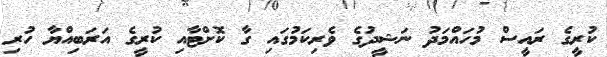
ކުރީގެ ރައީސް މުހައްމަދު ނަޝީދުގެ ވެރިކަމުގައި ގާ ކޮށްޓާއި ކުރީގެ އަރަބިއްޔާ ހުރި